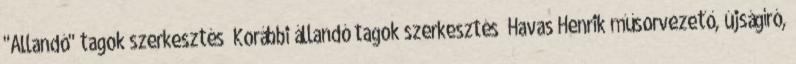
"Állandó" tagok szerkesztés Korábbi állandó tagok szerkesztés Havas Henrik műsorvezető, újságíró,